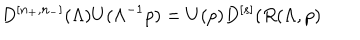
D ^ { \left[ n _ { + } , n _ { - } \right] } ( \Lambda ) U ( \Lambda ^ { - 1 } p ) = U ( p ) D ^ { \left[ s \right] } ( R ( \Lambda , p )